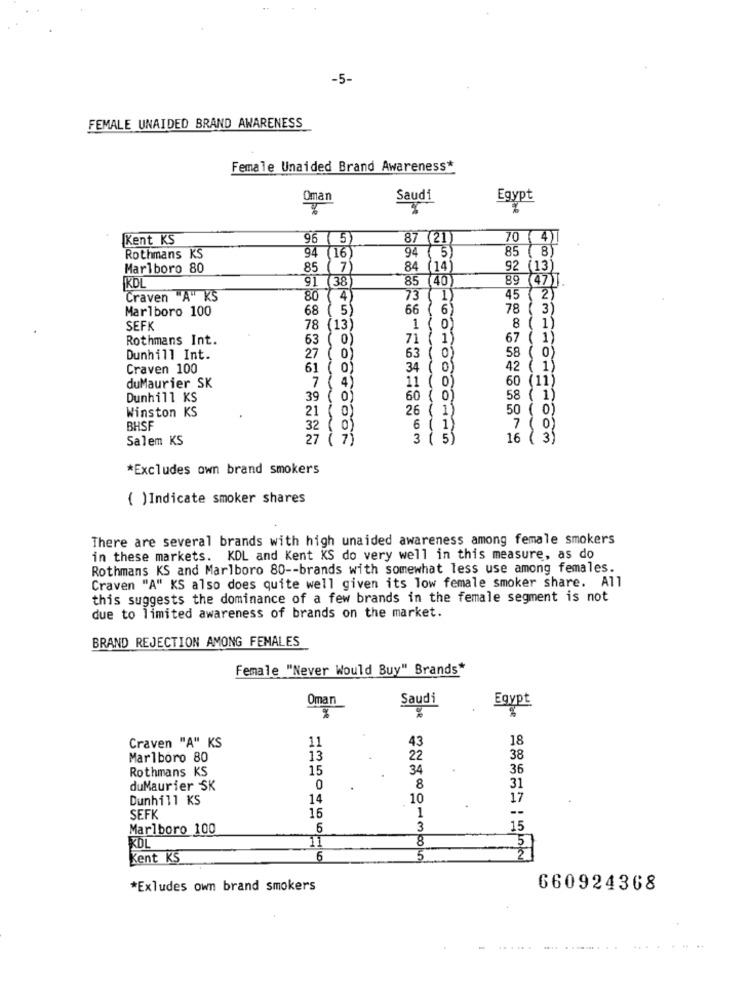
-5-
FEMALE UNAIDED BRAND AWARENESS
Female Unaided Brand Awareness*
Oman
Saudi
Egypt
Kent KS
96 5
87 (21)
70 ( 4)
85 (8)
Rothmans KS
94 (16
94 ( 5)
Marlboro 80
85 (7)
84
(14)
92 (13)
IKDL
91 38
85 (40)
89 (47).
Craven "A" KS
80 (4)
73
45 ( 2)
Marlboro 100
68 ( 5)
66
( 6)
78 ( 3)
SEFK
78 (13)
8 ( 1)
Rothmans Int.
63
(0)
71 (
1)
67 ( 1)
Dunhill Int.
27 (
63
( 0)
58
(0)
Craven 100
61
34 ( 0)
42 ( 1)
60 (11)
duMaurier SK
7 (4)
11 ( 0)
Dunhill KS
39 ( 0)
60 ( 0)
58 ( 1)
Winston KS
0)
26 ( 1)
50 ( 0)
21
BHSF
32 ( 0)
6 ( 1)
7 (0)
Salem KS
27
3 ( 5)
16 ( 3)
*Excludes own brand smokers
( )Indicate smoker shares
There are several brands with high unaided awareness among female smokers
in these markets. KDL and Kent KS do very well in this measure, as do
Rothmans KS and Marlboro 80 -- brands with somewhat less use among females.
Craven "A" KS also does quite well given its low female smoker share. All
this suggests the dominance of a few brands in the female segment is not
due to limited awareness of brands on the market.
BRAND REJECTION AMONG FEMALES
Female "Never Would Buy" Brands*
Oman
Saudi
Egypt
%
Craven "A" KS
43
18
11
Marlboro 80
13
22
38
Rothmans KS
15
34
36
31
duMaurier SK
0
8
Dunhill KS
14
10
17
1
--
SEFK
16
Marlboro 100
6
3
15
11
8
5
KOL
Kent KS
6
5
*Exludes own brand smokers
660924368